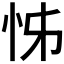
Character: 𭜖